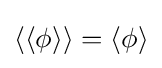
\langle \langle \phi \rangle \rangle =\langle \phi \rangle